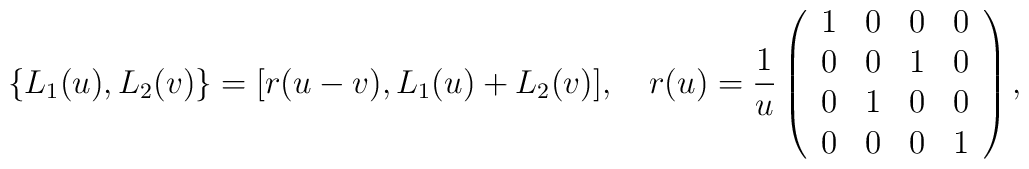
\{L_1(u),L_2(v)\}=[r(u-v),L_1(u)+L_2(v)],\quad r(u)={1\over u}\left(\begin{array}{llll}1&0&0&0\\0&0&1&0\\0&1&0&0\\0&0&0&1\end{array}\right),